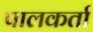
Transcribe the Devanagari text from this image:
पालकर्ता